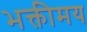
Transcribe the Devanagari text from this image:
भक्तीमय